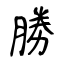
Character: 勝